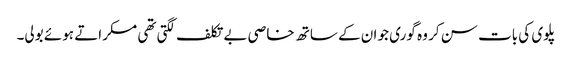
پلوی کی بات سن کر وہ گوری جو ان کے ساتھ خاصی بے تکلف لگتی تھی مسکراتے ہوئے بولی۔